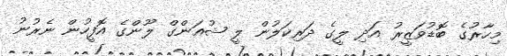
މިހާރުގެ ބޮޑުވަޒީރު އަދި ލީގެ ދަރިކަލުން ލީ ޝުއަންގް ލޫންގެ އޮފީހުން ނެރުނު